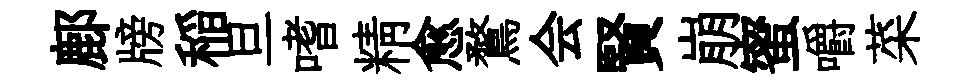
鄜牓稲旦嗜精愈鶩会賢崩蜜嚼菜